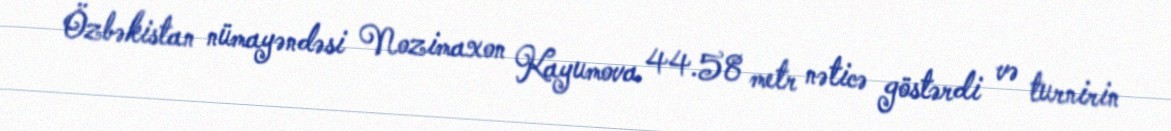
Özbəkistan nümayəndəsi Nozimaxon Kayumova 44.58 metr nəticə göstərdi və turnirin